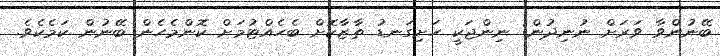
ބޭނުންވާ ވަރަށް ނުނިދުން: ނިންޖަކީ ހަށިގަނޑު ތާޒާކޮށް ބެހެއްޓުމަށް ކޮންމެހެން ބޭނުން ކަމެކެވެ.